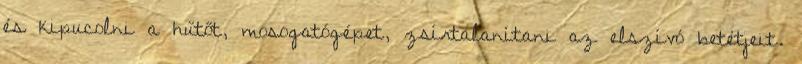
és kipucolni a hűtőt, mosogatógépet, zsírtalanítani az elszívó betétjeit.